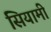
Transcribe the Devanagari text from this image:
सियामी